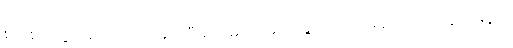
စဉ်းစားသွားမည် (၂၀၀)ကေဗွီအေ မှင်ပေးဝေခြင်း လက်မခံအောင် သူတချို့ကို